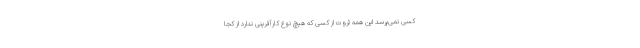
کسی نمی‌پرسد این همه ثروت از کسی که هیچ نوع کارآفرینی ندارد از کجا